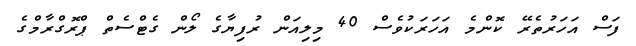
ފަސް އަހަރުތެރޭ ކޮންމެ އަހަރަކުވެސް 40 މިލިއަން ރުފިޔާގެ ލޯން ގެޓްސެތް ޕްރޮގްރާމްގެ